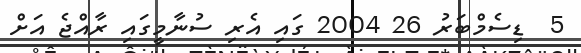
5  ޑިސެމްބަރު 26 2004 ގައި އެރި ސުނާމީގައި ރާއްޖެ އަށް